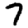
Digit: 7